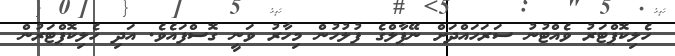
ހެލިކޮޕްޓަރު ވެއްޓުނު ސަރަހައްދަށް ނޭޕާލްގެ ފުލުހުން މިހާރު ވަނީ ގޮސްފައެވެ. އަދި ހެލިކޮޕްޓަރުން